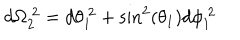
d \Omega _ { 2 } ^ { ~ 2 } = d \theta _ { 1 } ^ { ~ 2 } + \sin ^ { 2 } ( \theta _ { 1 } ) d \phi _ { 1 } ^ { ~ 2 }